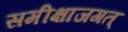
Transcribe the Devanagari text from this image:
समीक्षाजगत्